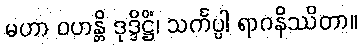
မဟာ ဝဟန္တိ ဒုဒ္ဒိဋ္ဌိံ၊ သင်္ကပ္ပါ ရာဂနိဿိတာ။